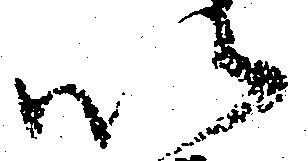
以